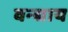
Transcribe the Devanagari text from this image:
वन्द्याय